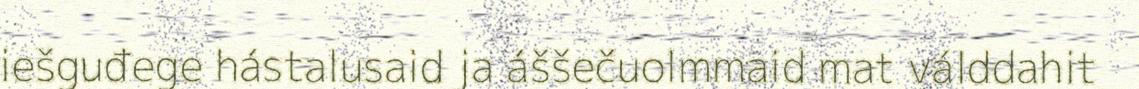
iešguđege hástalusaid ja áššečuolmmaid mat válddahit